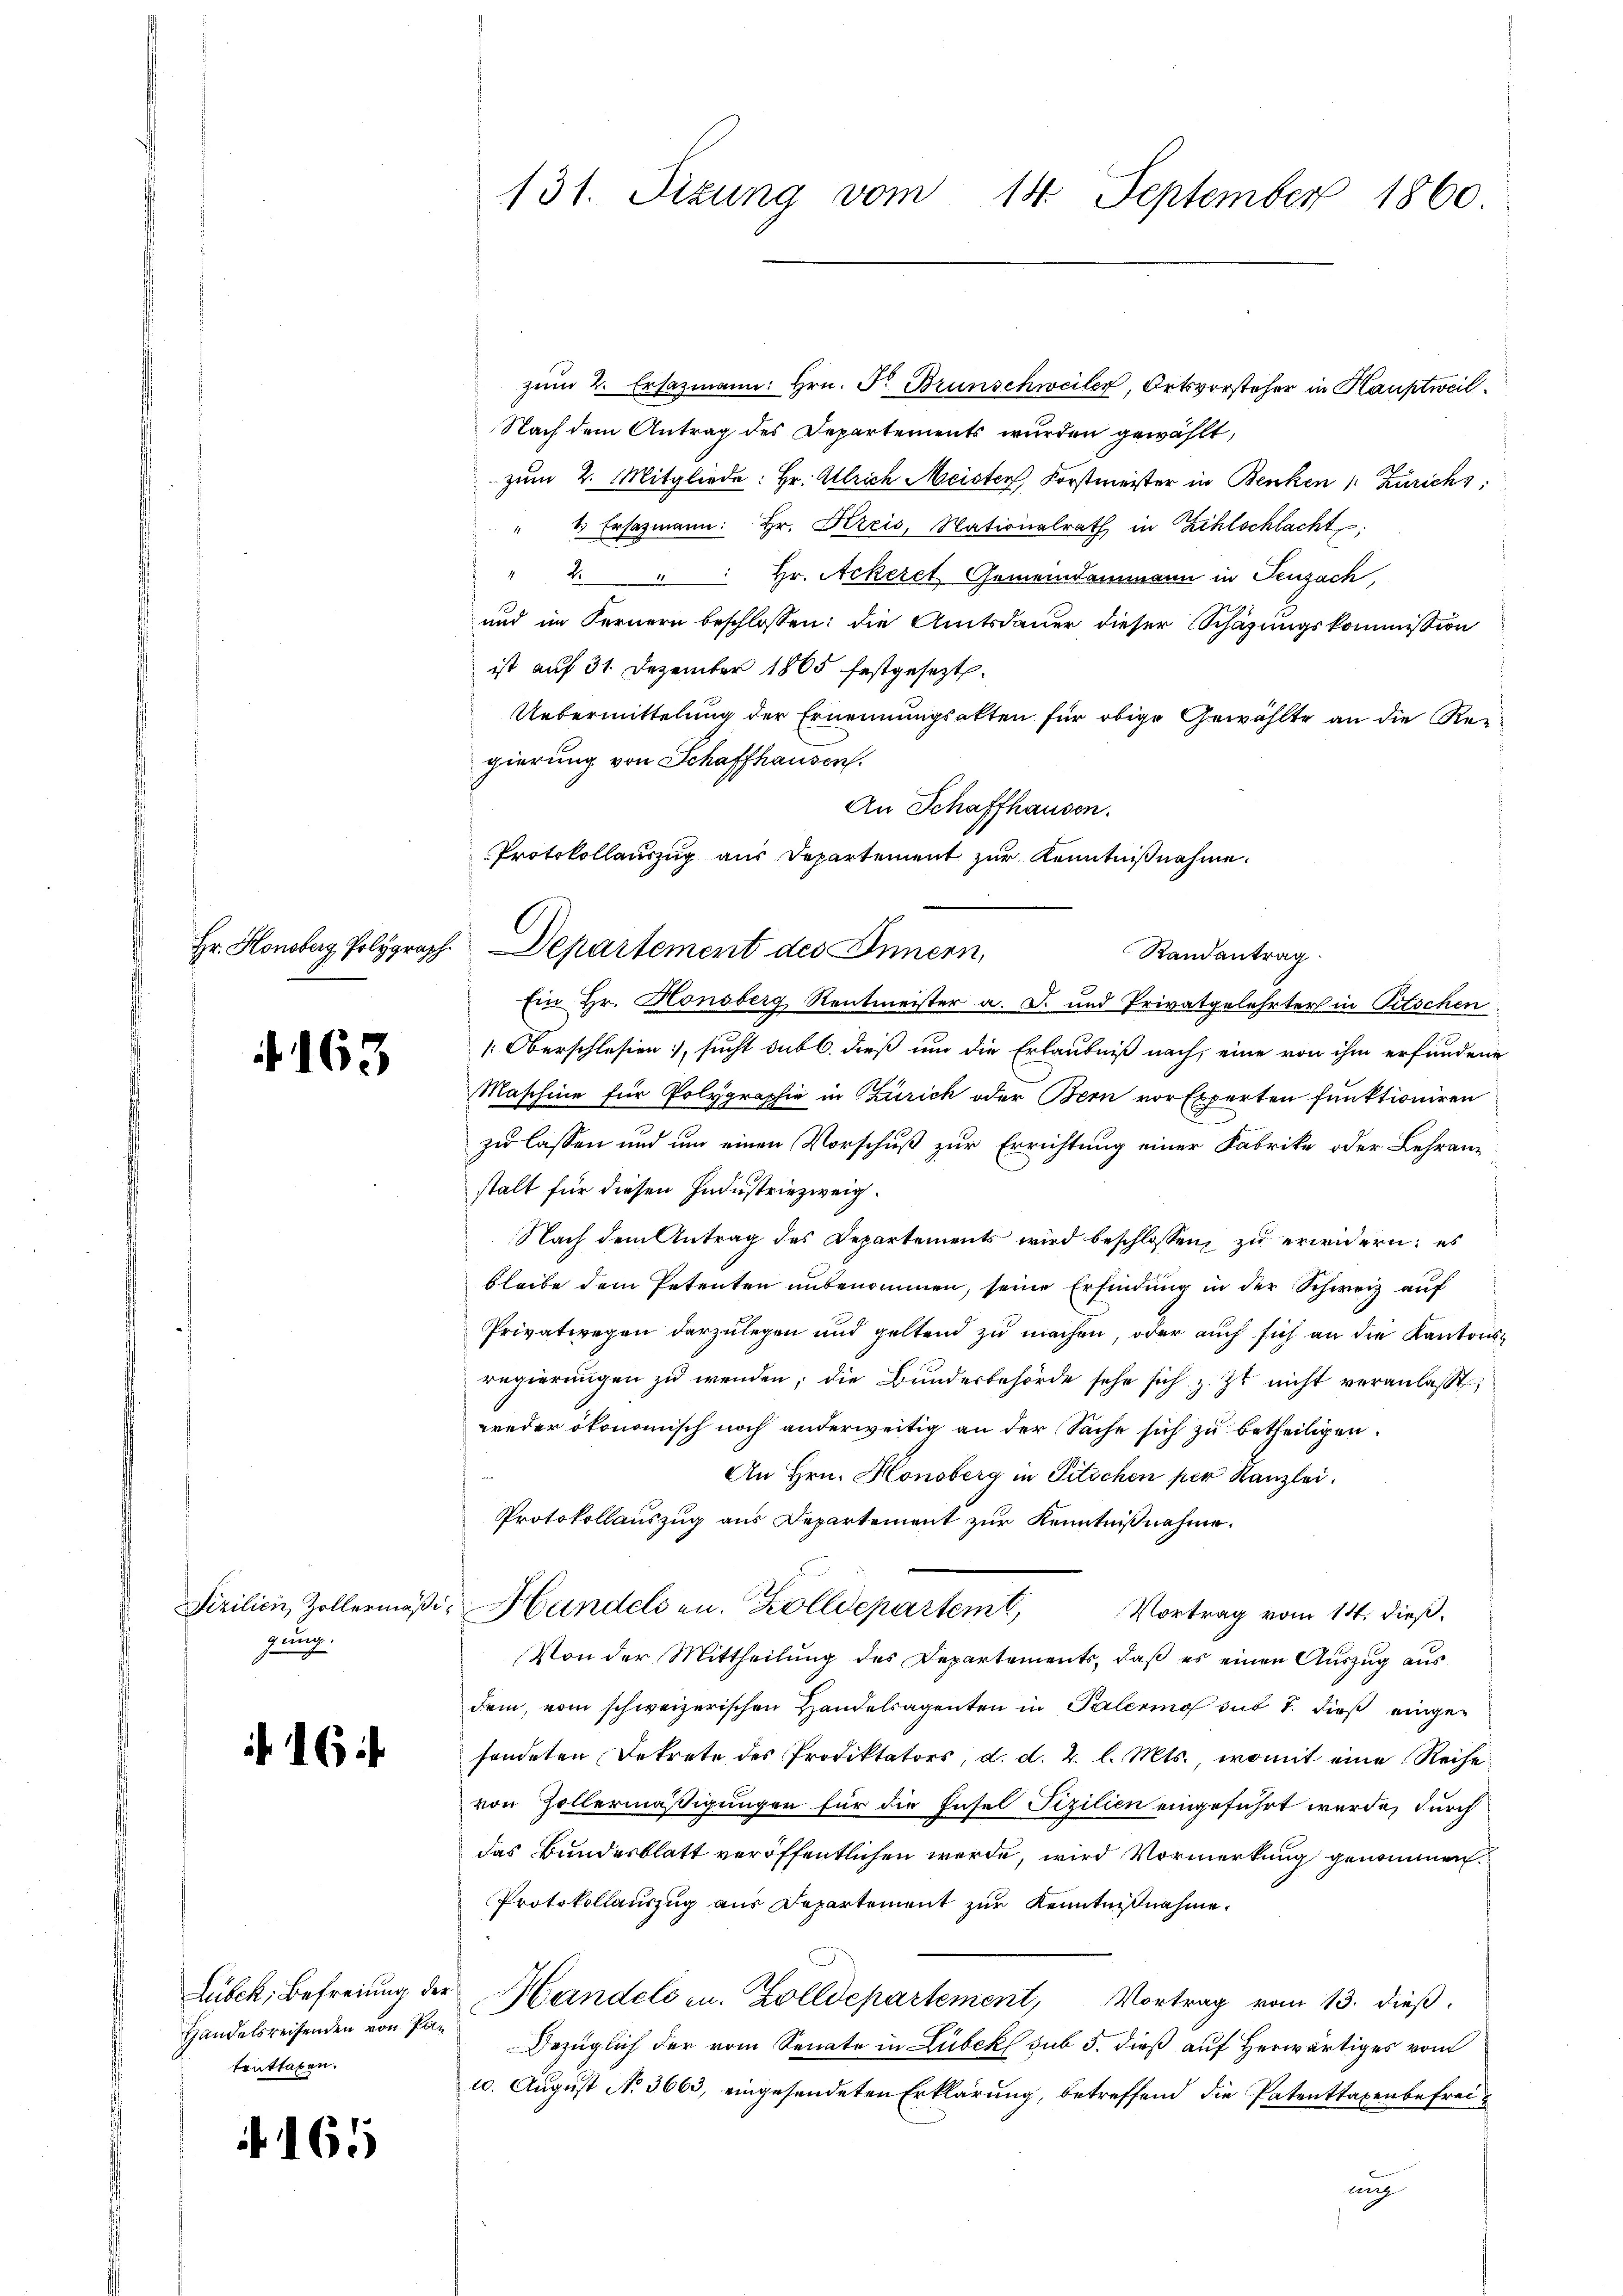
4163

Fizilien, Zollermäßi
gung.

16

Lubek, Befreiung der
Handelsreisenden von Pateuthaben.

165

131. Sizung vom 14. September 1860

zŭm 2. Ersazmann: hrn. F. Brunschweiler, Ortsvorsteher in Hauptweil
Nach dem Antrag des Departements wurden gewählt,
zŭm 2. Mitgliede: Hr. Allrich Meister, Forstmeister in Benken /: Zürichs
" 1. Ersazmann: Hr. Kreis, Nationalrath in Zihlschlacht
" 2 " " Hr. Ackeret Gemeindammann in Seuzach,
und im Fernern beschlossen: die Amtsdauer dieser Schazungskommission
ist auf 31. Dezember 1865 festgesezt.
Uebermittelung der Ernennungsakten für obige Gewählte an die Regierung von Schaffhausen.
An Schaffhausen.
Protokollauszug aus Departement zur Kenntnißnahme.
Randantrag
Ein Hr. Honsberg Rentmeister a. S. und Privatgelehrter in Pitschen
[: Oberschlesien, sucht sub b. dieß um die Erlaubniß nach, eine von ihm erfundene
Maschine für Polygraphie in Zürich oder Bern vor Experten funktioniren
zu lassen und um einen Vorschuß zur Errichtung einer Fabrike oder Lehran-
stalt für diesen Industriezweig.
Nach dem Antrag des Departements wird beschlossen, zu erwidern; es
bleibe dem Petenten unbenommen, seine Erfindung in der Schweiz auf
Privatwegen darzulegen und geltend zu machen, oder auch sich an die Kantonsregierungen zu wenden; die Bundesbehörde sehe sich z. Z. nicht veranlasst
weder ökonomisch noch anderweitig an der Sache sich zu betheiligen.
An Hrn. Honsberg in Pitschen per Kanzlei.
Protokollauszug aus Departement zur Kenntnißnahme.
Handelsen. Zolldepartemt,
Vortrag vom 14. dieß,
Von der Mittheilung des Departements, daß es einen Auszug aus
dem, vom schweizerischen Handelsagenten in Palerino sub 7. dieß eingefendeten Dekrete des Prodiktators, d. d. 2. l. Mts., womit eine Reihe
von Hollermäßigungen für die Insel Fizilien eingeführt wurde, durch
das Bundesblatt veröffentlichen werde, wird Vormerkung genommen.
Protokollauszug aus Departement zur Kenntnißnahme.
Handels u. Zolldepartement, Vortrag vom 13. dieß.
Bezüglich der vom Senate in Lübeck sub 5. dieß auf herwärtiges vom
10. August No 3663, eingesendeten Erklärung, betreffend die Patenttaxenbefreiauch

Hr. Honsberg, Polygraph. Departement des Innern,